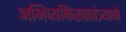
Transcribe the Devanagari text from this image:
अभिव्यक्तिस्वातंत्र्याने